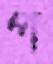
প